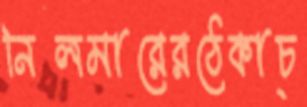
নিলমারেরঠেকাচ্